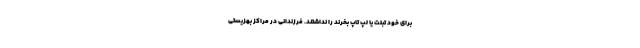
برای خود تبلت یا لپ تاپ بخرند را نداشتند. فرزندانی در مراکز بهزیستی